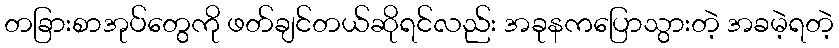
တခြားစာအုပ်တွေကို ဖတ်ချင်တယ်ဆိုရင်လည်း အခုနကပြောသွားတဲ့ အခမဲ့ရတဲ့